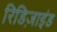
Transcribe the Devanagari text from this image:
रिडिज़ाइंड